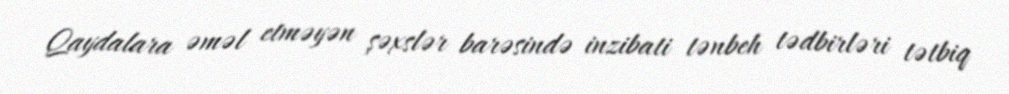
Qaydalara əməl etməyən şəxslər barəsində inzibati tənbeh tədbirləri tətbiq